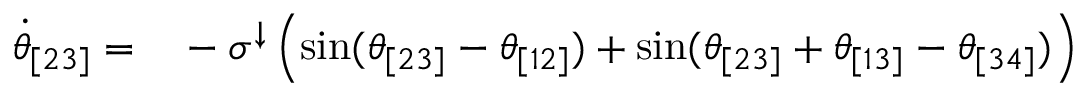
\begin{array} { r l } { \Dot { \theta } _ { [ 2 3 ] } = } & { { } - \sigma ^ { \downarrow } \left( \sin ( \theta _ { [ 2 3 ] } - \theta _ { [ 1 2 ] } ) + \sin ( \theta _ { [ 2 3 ] } + \theta _ { [ 1 3 ] } - \theta _ { [ 3 4 ] } ) \right) } \end{array}